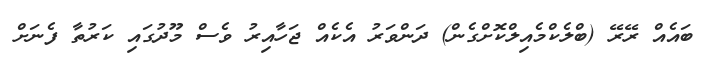
ބައެއް ރޭރޭ (ބްލެކްމެއިލްކޮށްގެން) ދަންވަރު އެކެއް ޖަހާއިރު ވެސް މޫދުގައި ކަރުތާ ފެނަށް